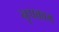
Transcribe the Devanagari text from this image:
नृपकाम